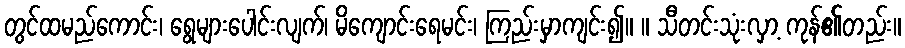
တွင်ထမည်ကောင်း၊ ရွေများပေါင်းလျက်၊ မိကျောင်းရေမင်း၊ ကြည်းမှာကျင်း၍။ ။ သီတင်းသုံးလှာ့ ကုန်၏တည်း။